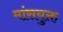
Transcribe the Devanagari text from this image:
मांसयुक्त